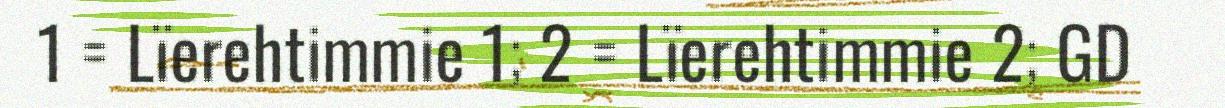
1 = Lïerehtimmie 1; 2 = Lïerehtimmie 2; GD